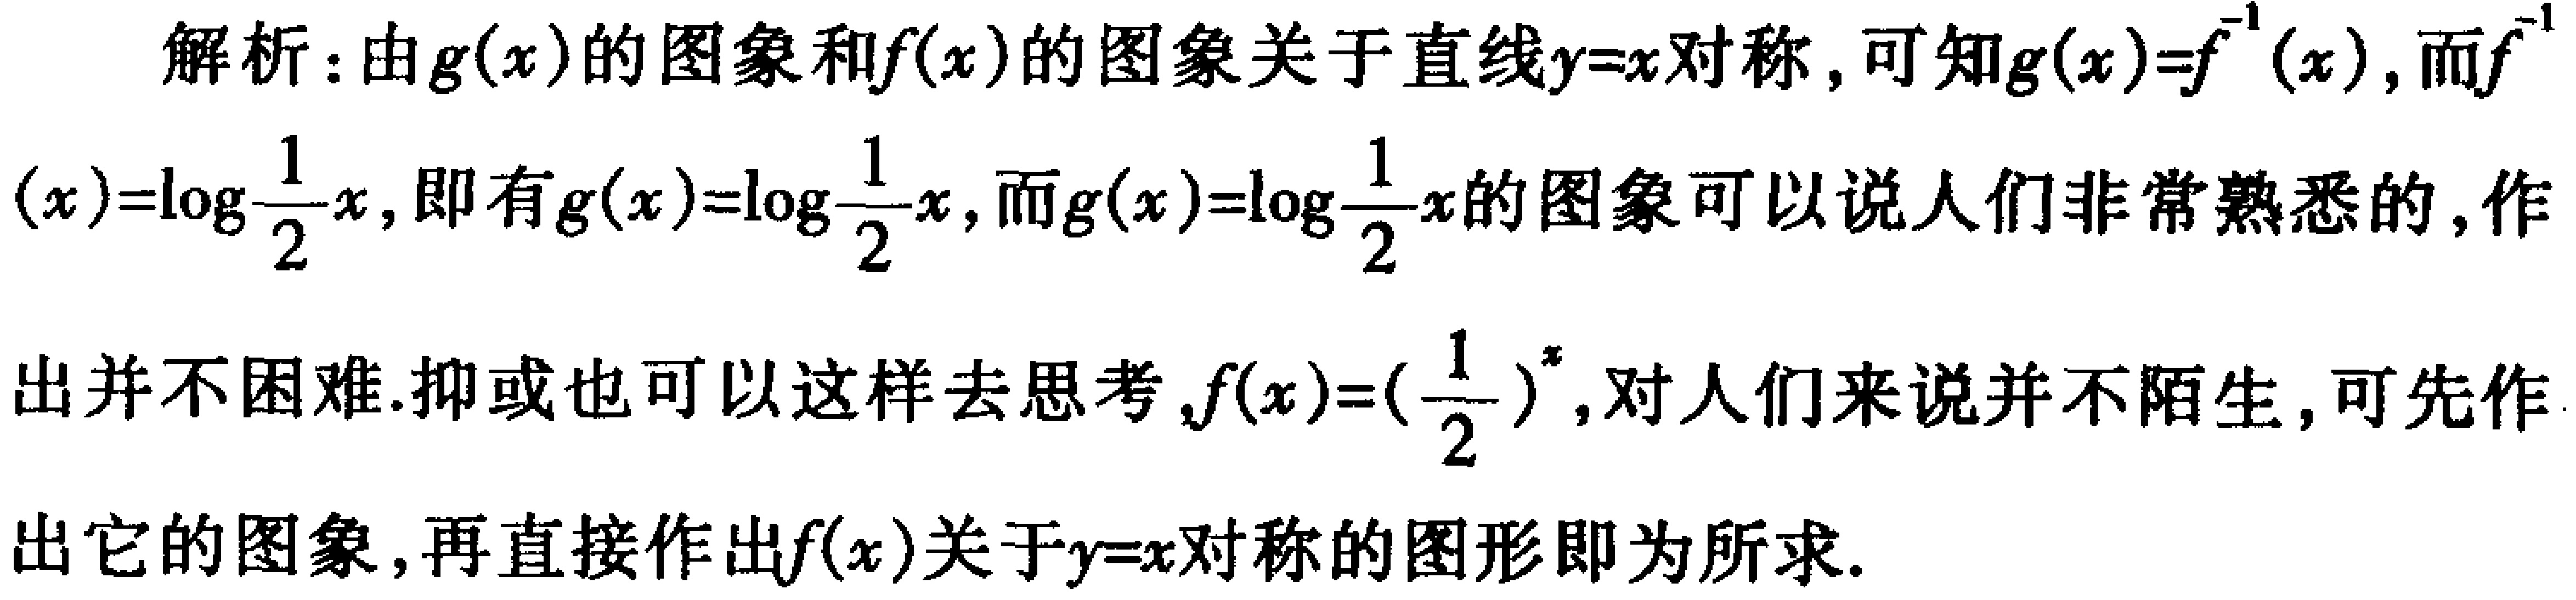
解析：由\(g(x)\)的图象和\(f(x)\)的图象关于直线\(y = x\)对称，可知\(g(x)=f^{-1}(x)\)，而\(f^{-1}(x)=\log_{\frac{1}{2}}x\)，即有\(g(x)=\log_{\frac{1}{2}}x\)，而\(g(x)=\log_{\frac{1}{2}}x\)的图象可以说人们非常熟悉的，作出并不困难.抑或也可以这样去思考，\(f(x)=(\frac{1}{2})^{x}\)，对人们来说并不陌生，可先作出它的图象，再直接作出\(f(x)\)关于\(y = x\)对称的图形即为所求.